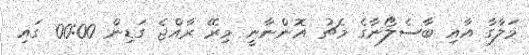
މަލާގާ އާއި ބާސެލޯނާގެ މެޗު އޮންނާނީ މިރޭ ރާއްޖެ ގަޑިން 00:00 ގައި